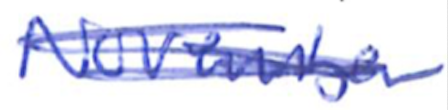
Text: November
Cross-out: scratch
Writing tool: ballpoint